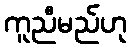
ကူညီမည်ဟု